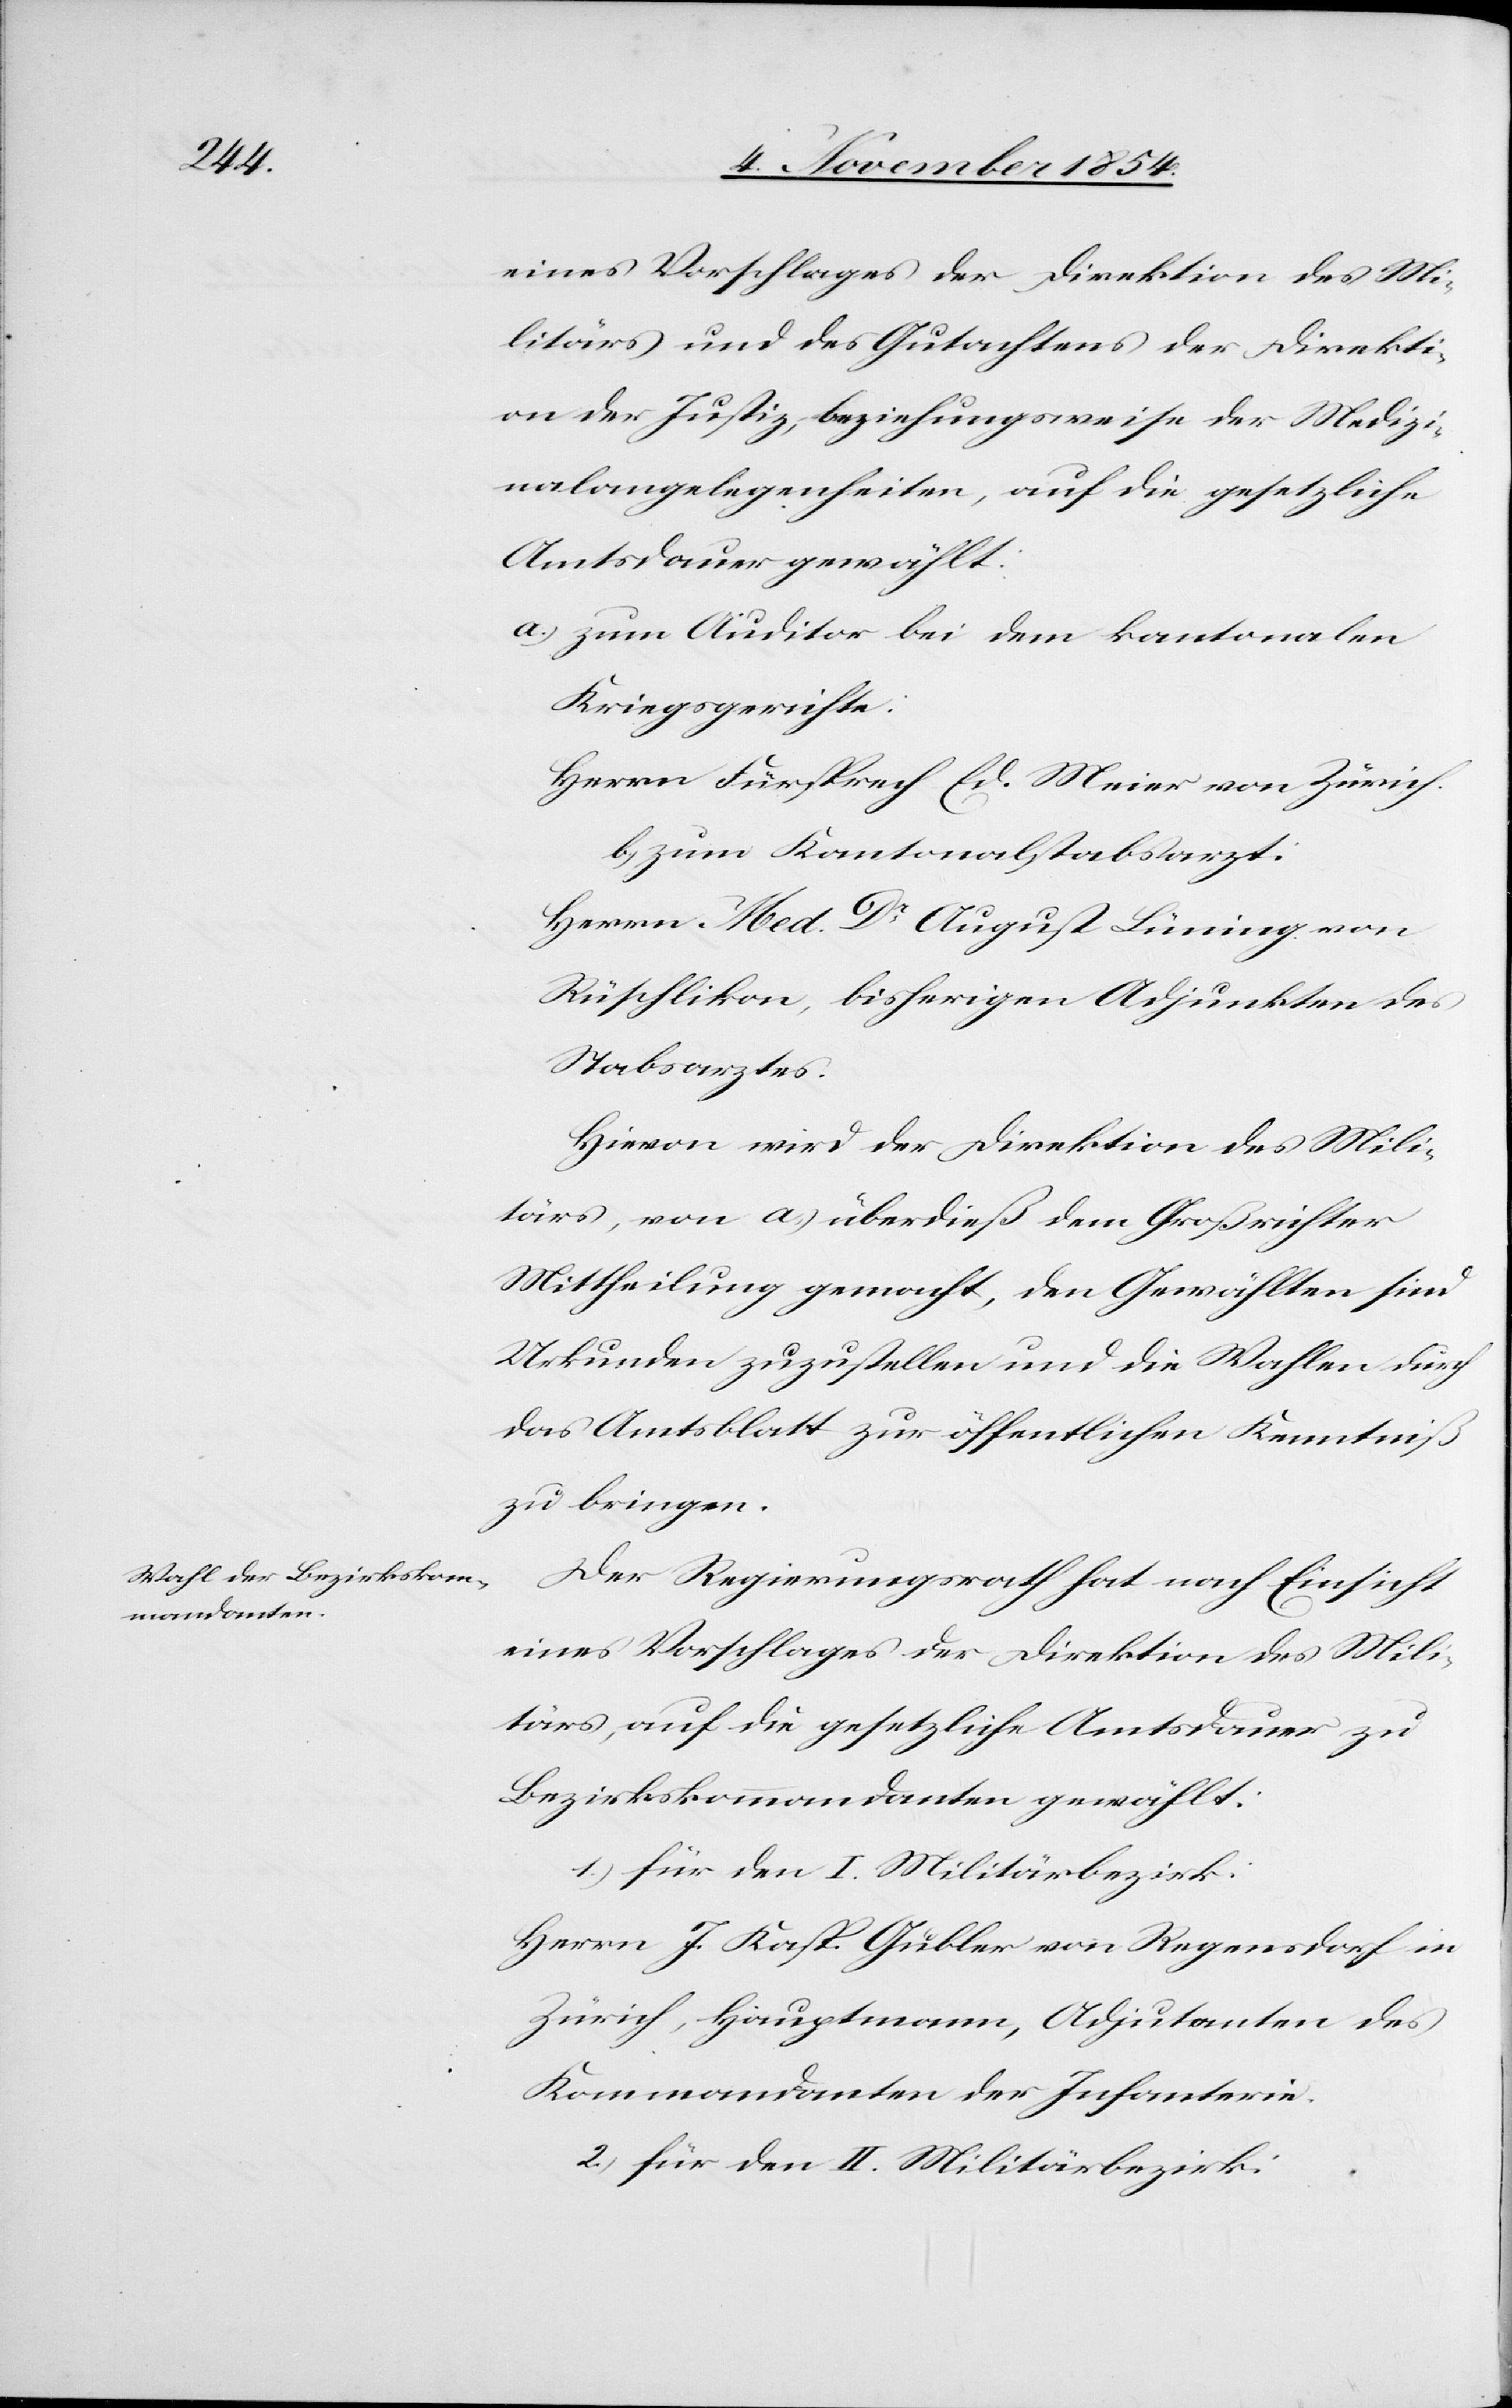
eines Vorschlages der Direktion des Mi¬
litärs und des Gutachtens der Direkti¬
on der Justiz, beziehungsweise der Medizi¬
nalangelegenheiten, auf die gesetzliche
Amtsdauer gewählt:
a.) zum Auditor bei dem kantonalen
Kriegsgerichte:
Herrn Fürsprech Ed. Meier von Zürich.
b.) zum Kantonalstabsarzt:
Herrn Med. Dr August Lüning von
Rüschlikon, bisherigen Adjunkten des
Stabsarztes.
Hievon wird der Direktion des Mili¬
tärs, von a.) überdieß dem Großrichter
Mittheilung gemacht, den Gewählten sind
Urkunden zuzustellen und die Wahlen durch
das Amtsblatt zur öffentlichen Kenntniß
zu bringen.
Der Regierungsrath hat nach Einsicht
eines Vorschlages der Direktion des Mili¬
tärs, auf die gesetzliche Amtsdauer zu
Bezirkskommandanten gewählt:
1.) für den I. Militärbezirk:
Herrn J. Kasp. Gubler von Regensdorf in
Zürich, Hauptmann, Adjutanten des
Kommandanten der Infanterie.
2.) für den II. Militärbezirk: